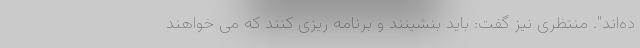
ده‌اند". منتظری نیز گفت: باید بنشینند و برنامه ریزی کنند که می خواهند